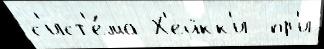
с'ист'е́ма Х'ейкк'и  пр'и